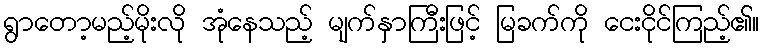
ရွာတော့မည့်မိုးလို အုံနေသည့် မျက်နှာကြီးဖြင့် မြခက်ကို ငေးငိုင်ကြည့်၏။